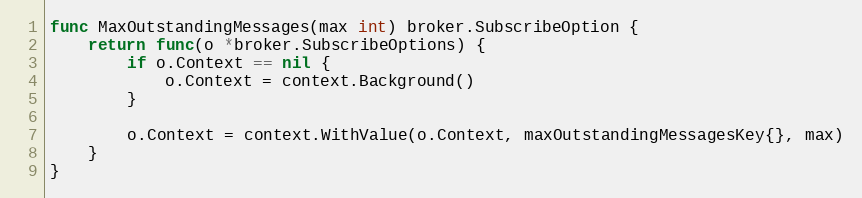
Language: Go
func MaxOutstandingMessages(max int) broker.SubscribeOption {
	return func(o *broker.SubscribeOptions) {
		if o.Context == nil {
			o.Context = context.Background()
		}

		o.Context = context.WithValue(o.Context, maxOutstandingMessagesKey{}, max)
	}
}